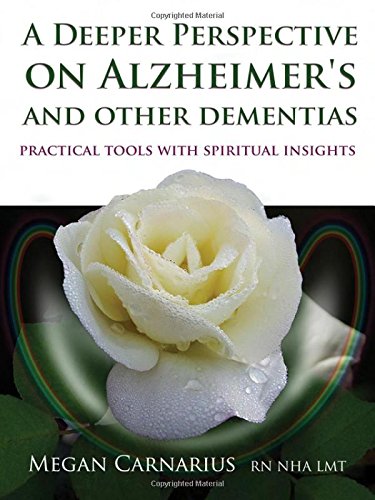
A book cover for A Deeper Perspective on Alzheimer's and other Dementias: Practical Tools with Spiritual Insights; Megan Carnarius; Health, Fitness & Dieting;